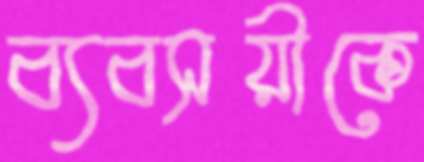
ব্যবসয়ীকে